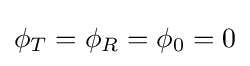
\phi _{T}=\phi _{R}=\phi _{0}=0